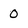
Character: 0